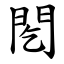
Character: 䦍